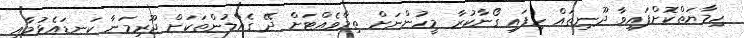
ހިމާޔަތްކޮށްފައިވާ ދޫނިތައް ހިފައި ގޯނާކުރާ މީހުންނަށް ތިމާވެއްޓަށް ދޭ ގެއްލުންތަކަށް ޖޫރިމަނާ ކަނޑައެޅުމާއި